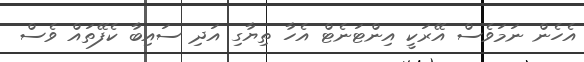
އެހެން ނަމަވެސް އޭރަކީ އިންޓަނެޓް އެހާ ތިޔާގި އަދި ސައިބާ ކެފޭތައް ވެސް